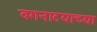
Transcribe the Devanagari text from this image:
वगनाटयाच्या